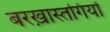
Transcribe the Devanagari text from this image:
बरख़ास्तगियों